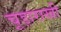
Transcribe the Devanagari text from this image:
चूड़ाराखी